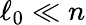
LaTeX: \ell_{0}\ll n